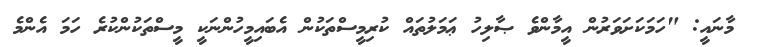
މާނައީ: "ހަމަކަށަވަރުން އީމާންވެ ޞާލިހު ޢަމަލުތައް ކުރިމީސްތަކުން އެބައިމީހުންނަކީ މީސްތަކުންކުރެ ހަމަ އެންމެ